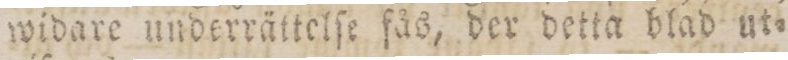
widare underrättelſe fås, der detta blad ut=